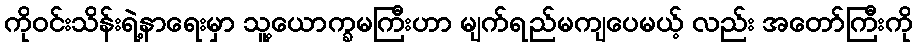
ကိုဝင်းသိန်းရဲ့နာရေးမှာ သူ့ယောက္ခမကြီးဟာ မျက်ရည်မကျပေမယ့် လည်း အတော်ကြီးကို